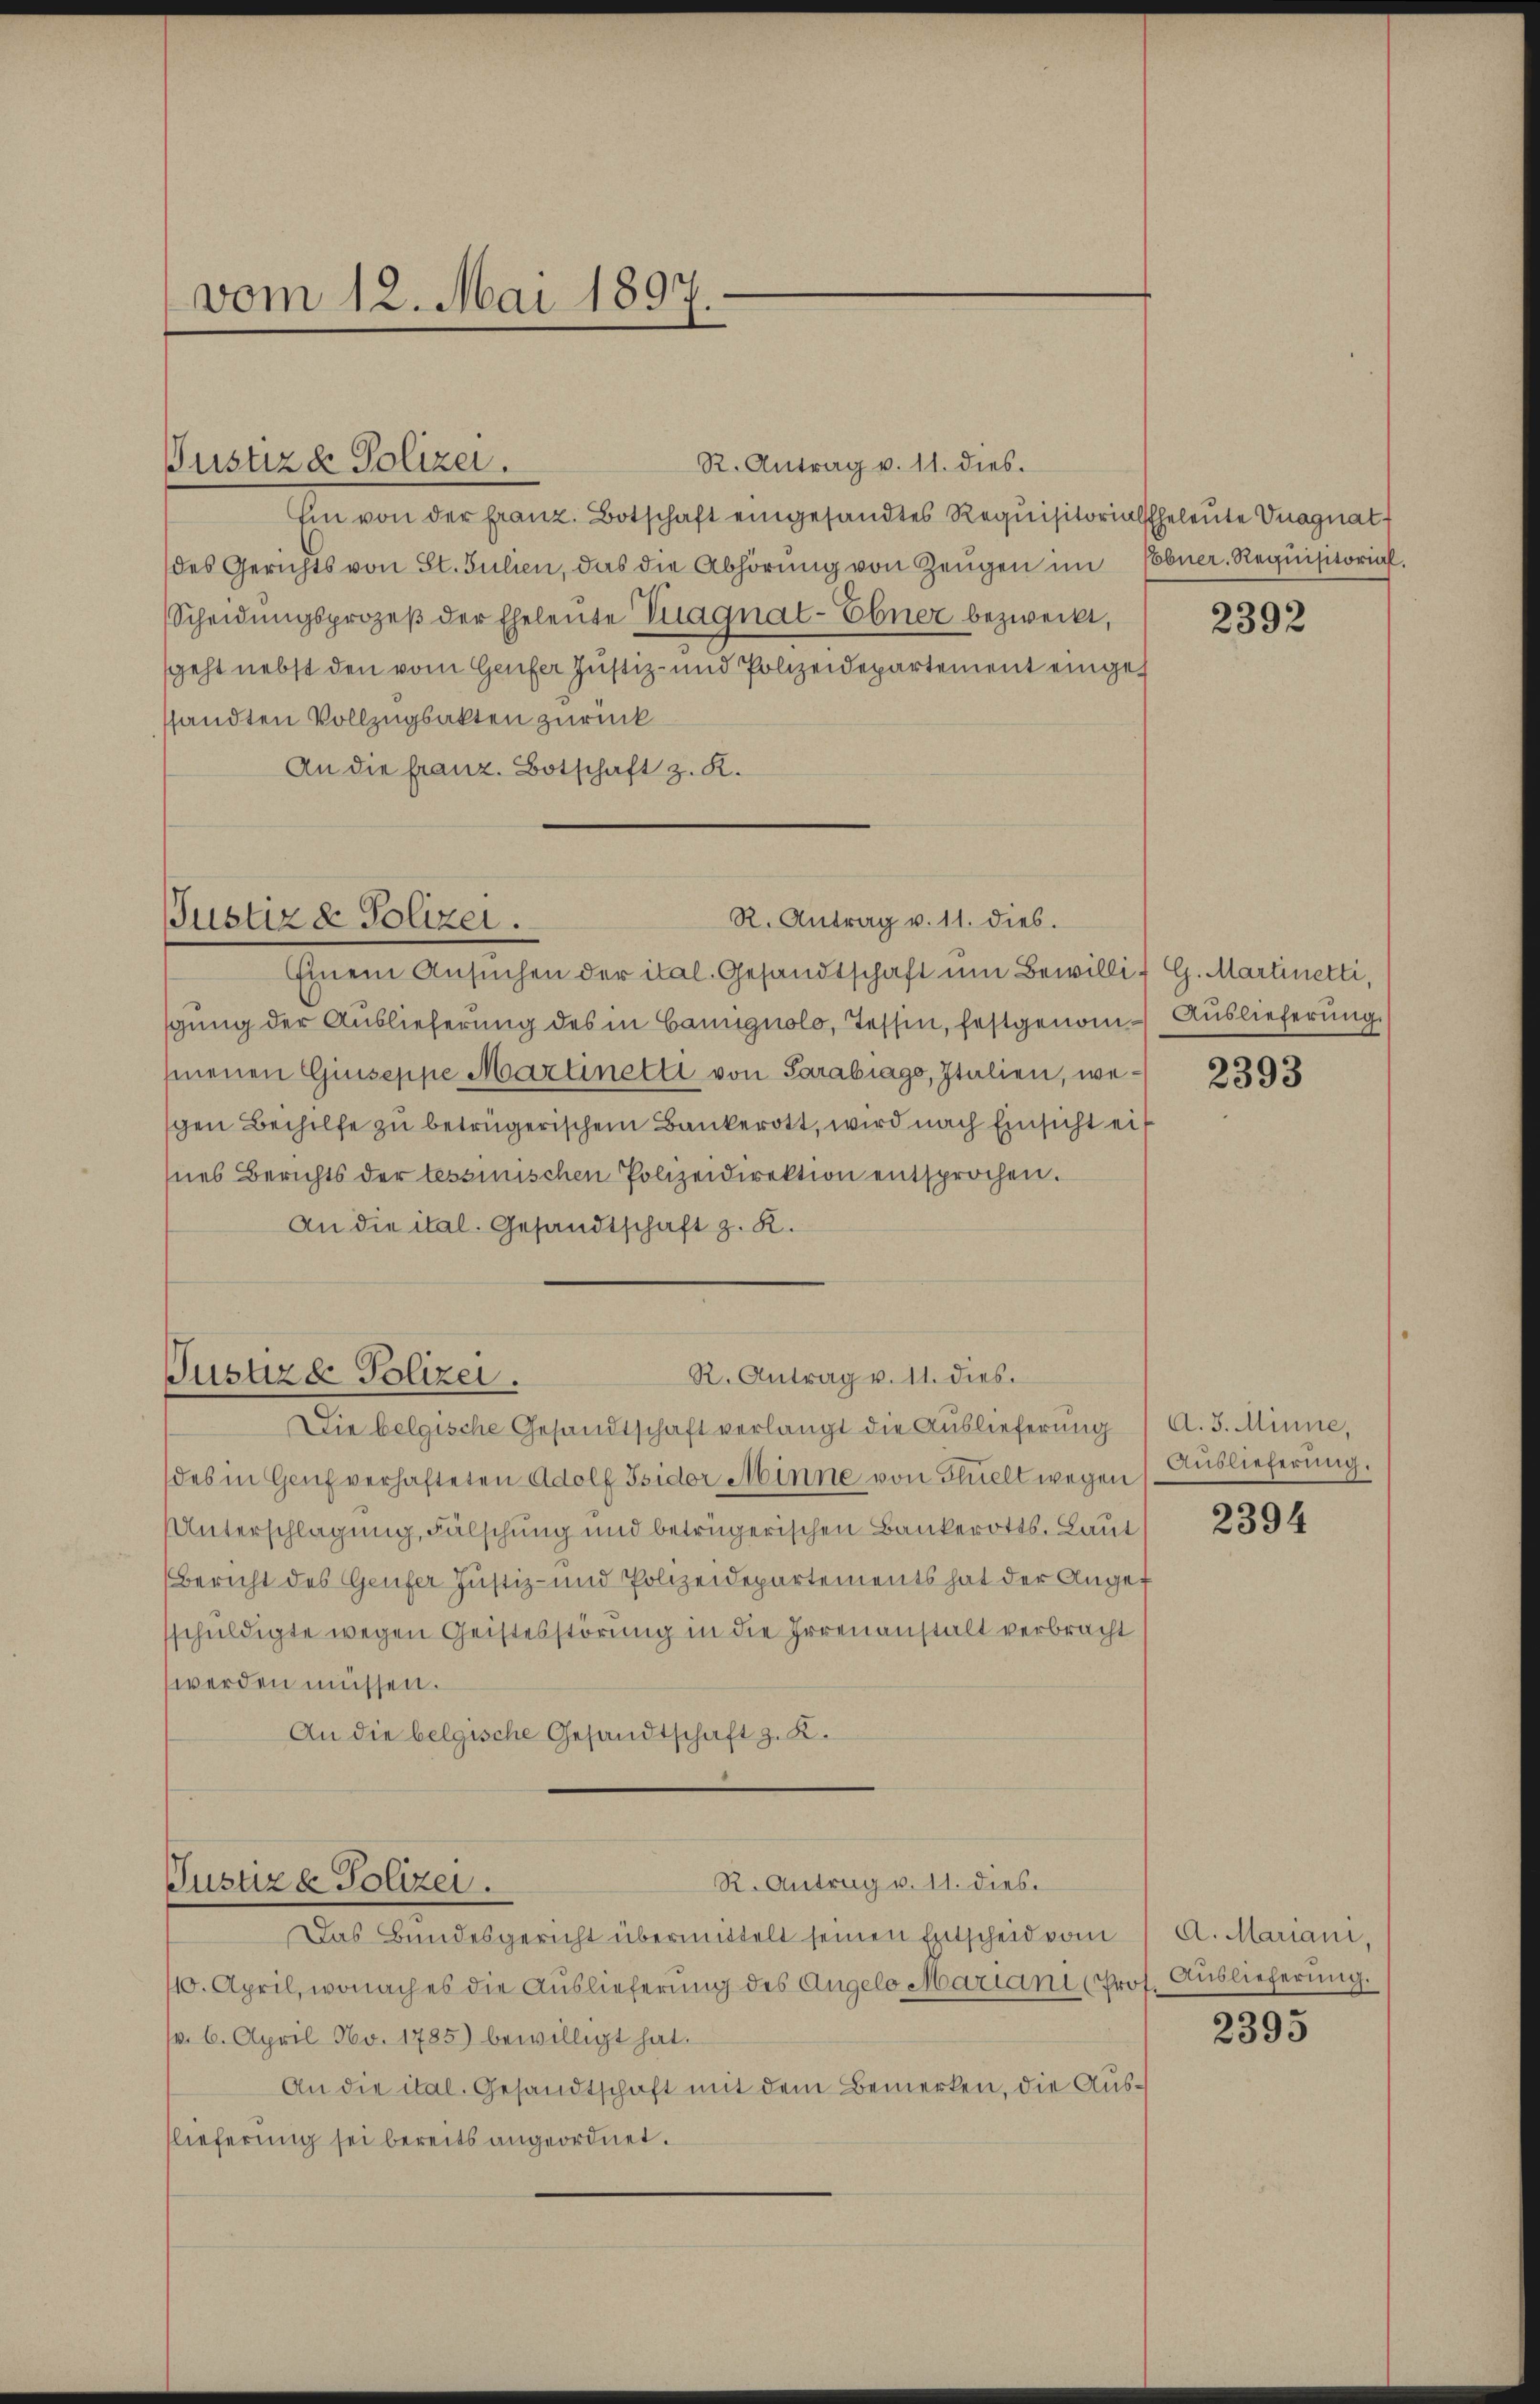
vom 12. Mai 1897.

R. Antrag v. 11. dies.
Ein von der franz. Botschaft eingesandtes Requisitorialheleute Vnagnat
des Gerichts von St. Julien, das die Abhörŭng von Zeŭgen im Cobner Requisitorial,
Scheidungsprozeβ der Eheleute Diagnat-Ebner bezweckt,
geht nebst den vom Genfer Justiz- und Polizeidepartement eingef
ssandten Vollzugsakten zurück
An die Franz. Botschaft z. K.

Justiz & Polizei.

R. Antrag v. 11. dies.
Justiz & Polizei.

Einem Ansuchen der ital. Gesandtschaft um Bewillis G. Martinetti,
schung der Auslieferung des in Camignolo, Tessin, festgenom-Auslieferung
hienen Giuseppe Martinetti von Sarabiago, Italien, wegen Beihilfe zu betrügerischem Bankerott, wird nach Einsicht eit
Ines Berichts der tessinischen Polizeidirektion entsprochen.
An die ital. Gesandtschaft z. R.
Justizd Polizei.
Die belgische Gesandtschaft verlangt die Auslieferung
des in Genf verhafteten Adolf Isidor Minne von Flüelt wegen (Auslieferung.
Unterschlagung, Fälschung und betrügerischen Bankerotts. Laut
Bericht des Genfer Justiz- und Polizeidepartements hat der Angef
sschuldigte wegen Geistesstörung in die Irrenanstalt verbracht
werden müssen.
An die belgische Gesandtschaft z. K.

Justiz & Polizei.

R. Antrag v. 11. dies

R. Antrag v. 11. dies

Das Bundesgericht übermittelt seinen Entscheid vom
110. April, wonach es die Auslieferung des Angelo Mariani Prof. Auslieferung.
v. 6. April No. 1785) bewilligt hat.
An die ital. Gesandtschaft mit dem Bemerken, die Ausslieferung sei bereits angeordnet.

2392

2393

A. 3. Minne,

2394

A. Mariani,

2395